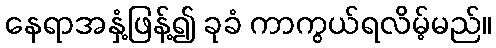
နေရာအနှံ့ဖြန့်၍ ခုခံ ကာကွယ်ရလိမ့်မည်။